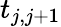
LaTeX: t_{j,j+1}